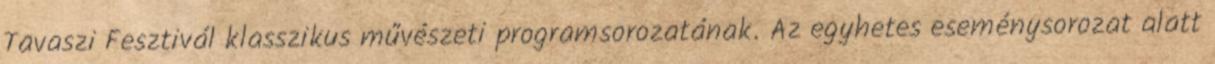
Tavaszi Fesztivál klasszikus művészeti programsorozatának. Az egyhetes eseménysorozat alatt